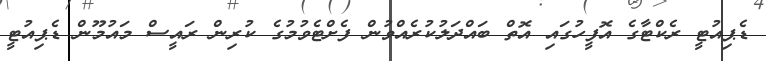
ޑެޕިއުޓީ ރެކްޓާގެ އޮފީހުގައި އޮތް ބައްދަލުކުރެއްވުން ފެށްޓެވުމުގެ ކުރިން ރައީސް މައުމޫން ޑެޕިއުޓީ